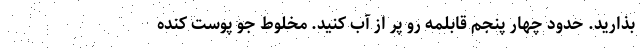
بذارید. حدود چهار پنجم قابلمه رو پر از آب کنید. مخلوط جو پوست کنده